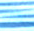
كان